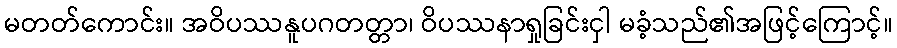
မတတ်ကောင်း။ အဝိပဿနူပဂတတ္တာ၊ ဝိပဿနာရှုခြင်းငှါ မခံ့သည်၏အဖြင့်ကြောင့်။